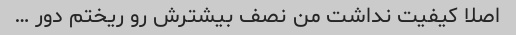
اصلا کیفیت نداشت من نصف بیشترش رو ریختم دور …